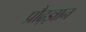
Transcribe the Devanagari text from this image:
प्रौढ़ज्ञान